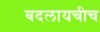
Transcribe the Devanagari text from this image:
बदलायचीच